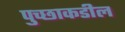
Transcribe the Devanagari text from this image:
पुच्छाकडील